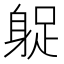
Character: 𨉌